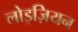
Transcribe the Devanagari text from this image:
लोइज़ियन